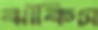
ঝাঁকিস